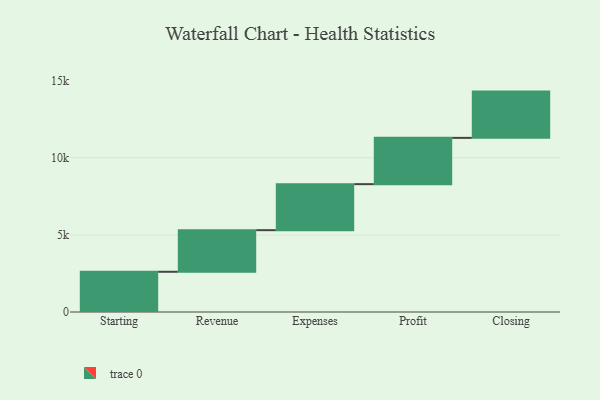
{"axis": {"x": "Step", "y": "Value"}, "legend": [""], "data": [{"x": "Starting", "y": 2608.0, "type": ""}, {"x": "Revenue", "y": 2697.0, "type": ""}, {"x": "Expenses", "y": 2984.0, "type": ""}, {"x": "Profit", "y": 3000, "type": ""}, {"x": "Closing", "y": 3000, "type": ""}]}